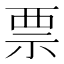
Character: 票